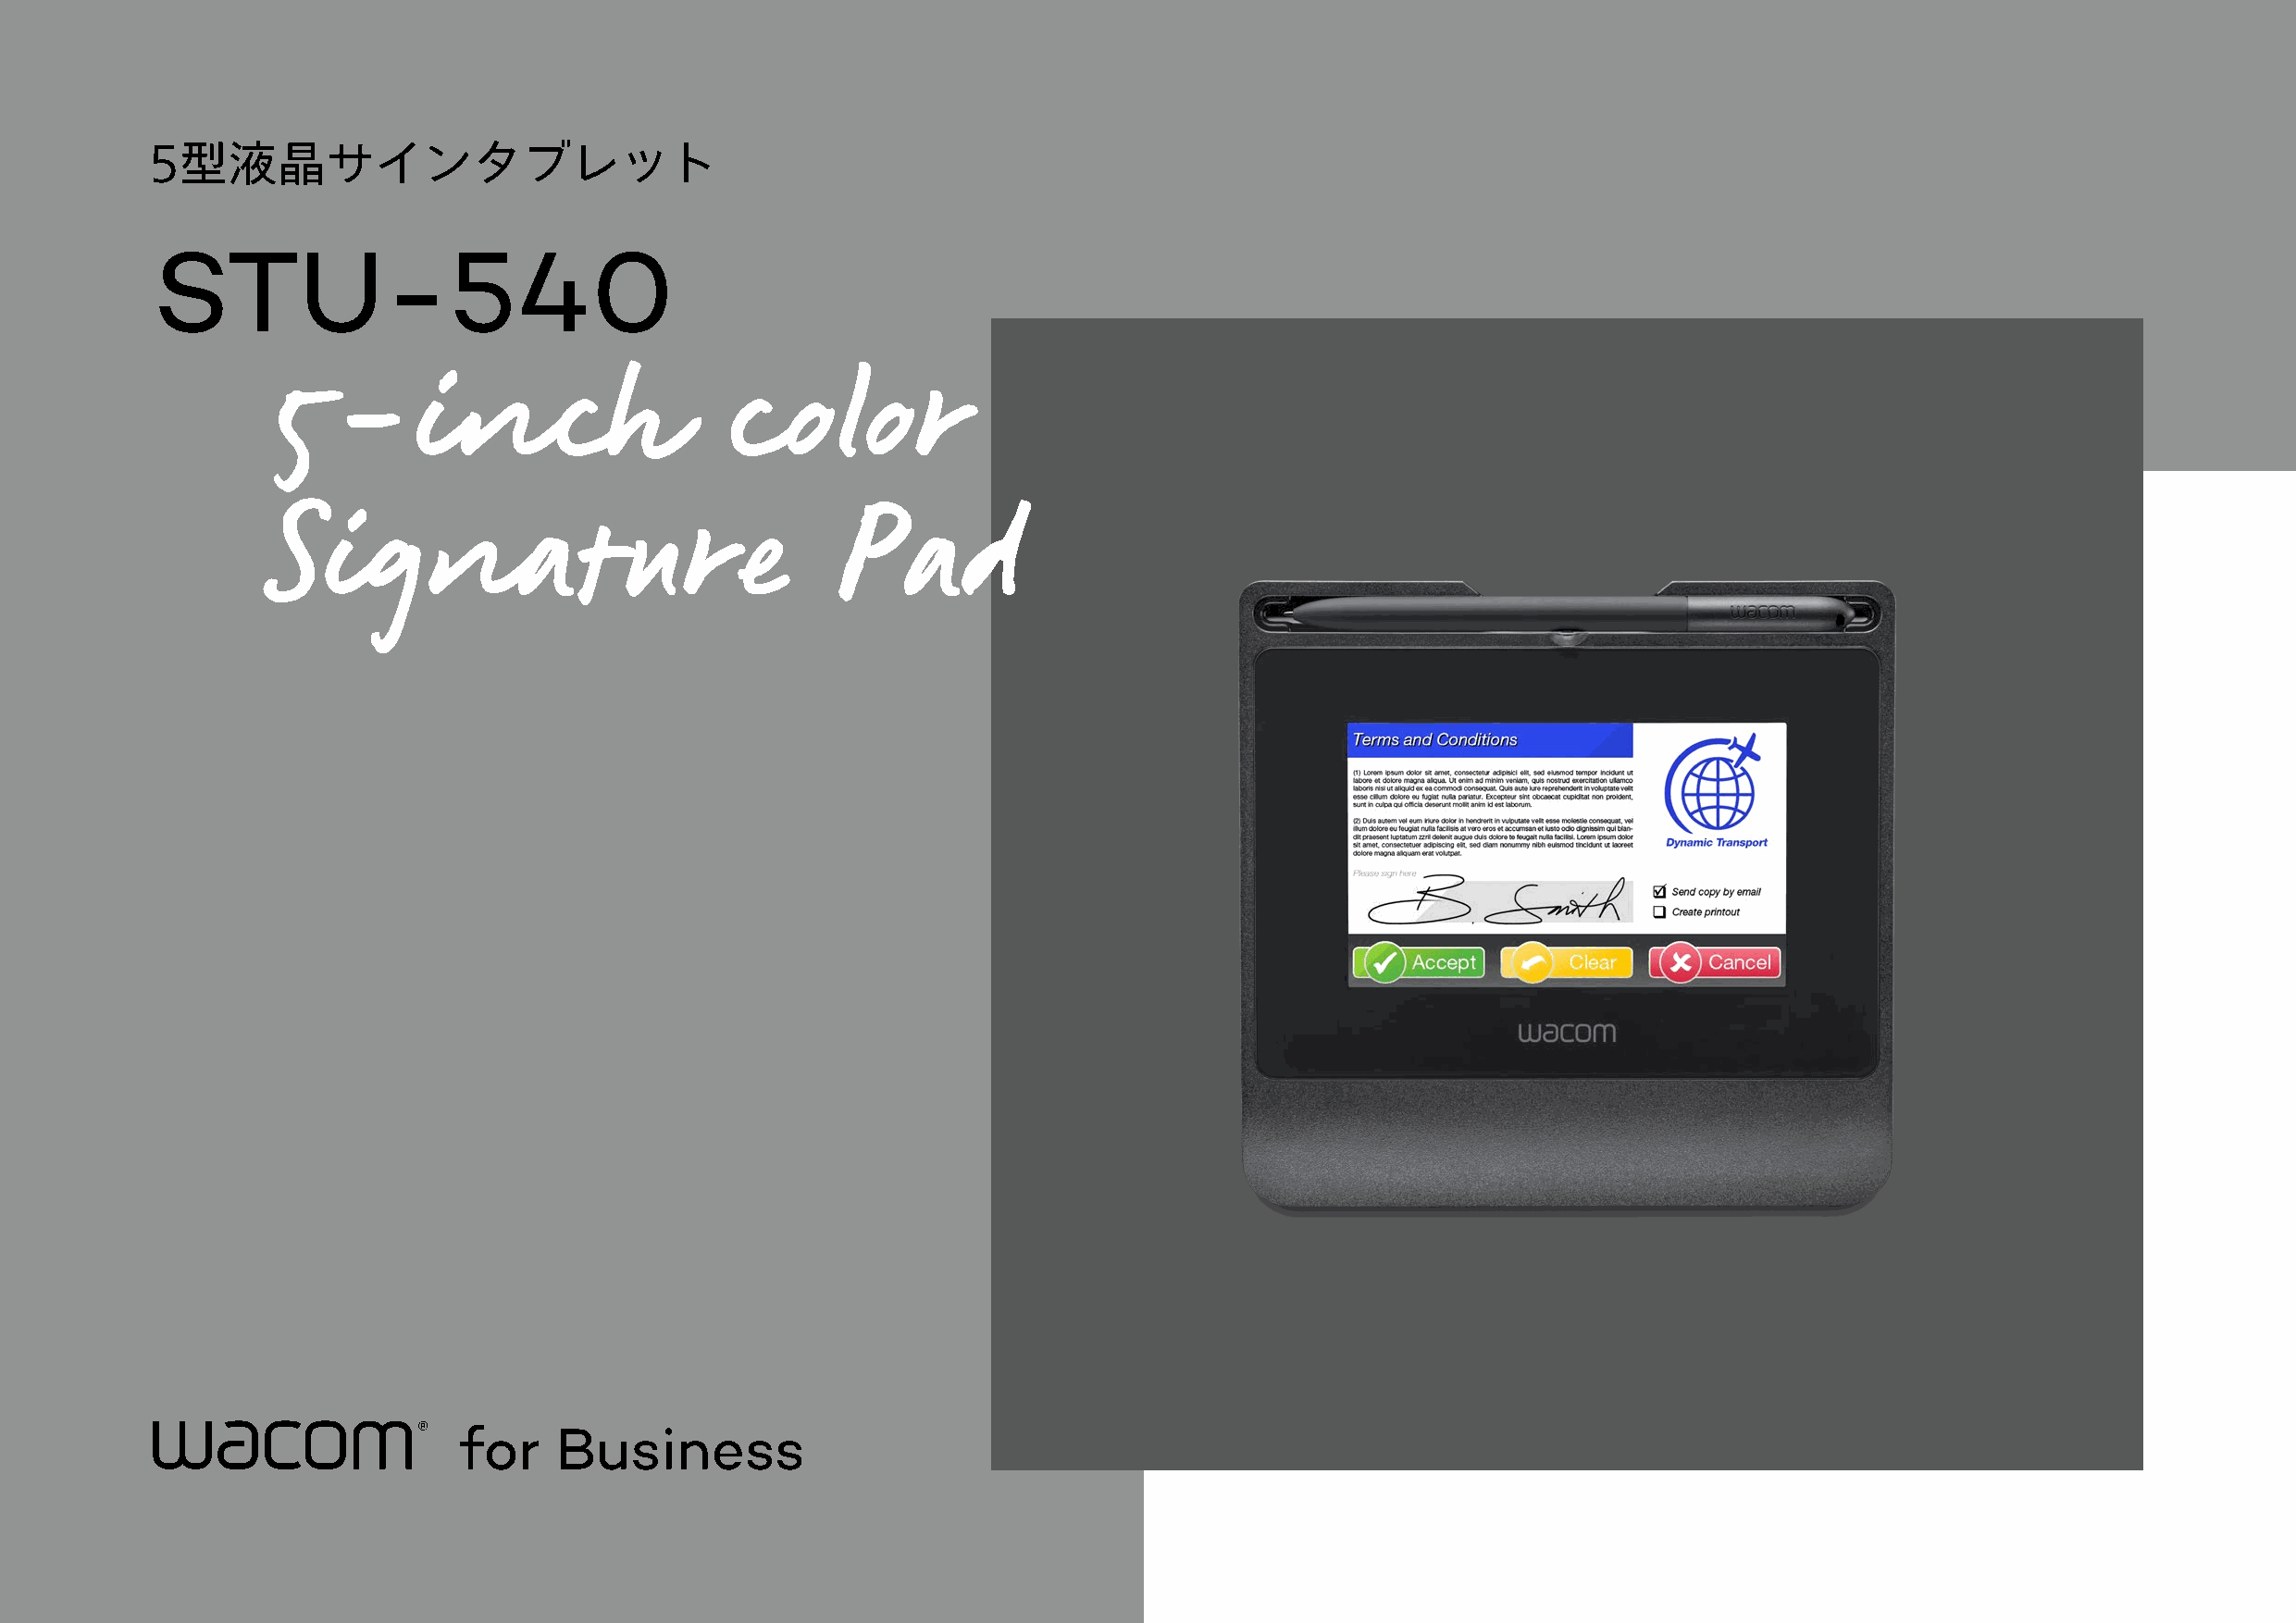
5型液晶サインタブレット
 STU-540
 5-inch                           color
 Signature                                Pad